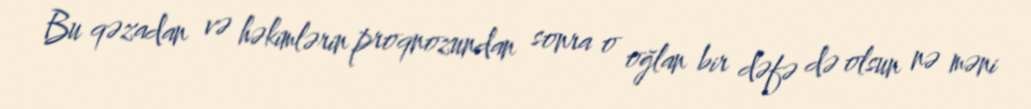
Bu qəzadan və həkimlərin proqnozundan sonra o oğlan bir dəfə də olsun nə məni